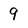
Character: 9